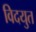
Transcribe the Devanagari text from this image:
विदयुत